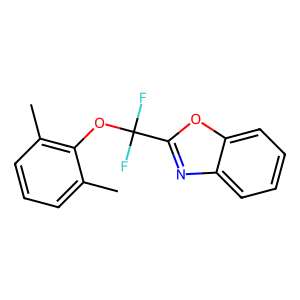
SMILES: Cc1cccc(C)c1OC(F)(F)c1nc2ccccc2o1
Inhibits HIV replication: No